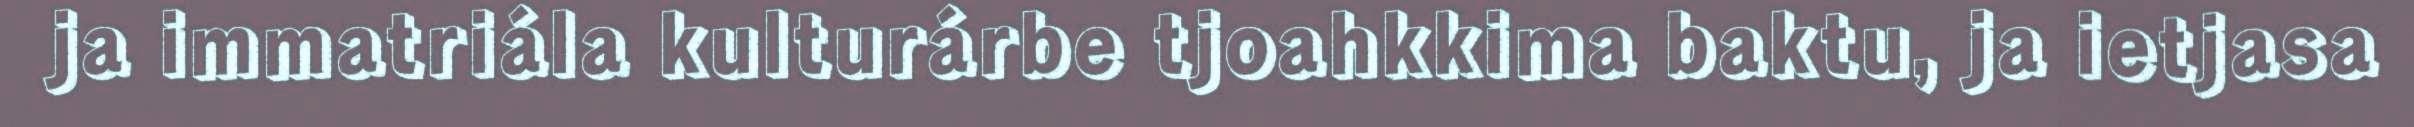
ja immatriála kulturárbe tjoahkkima baktu, ja ietjasa